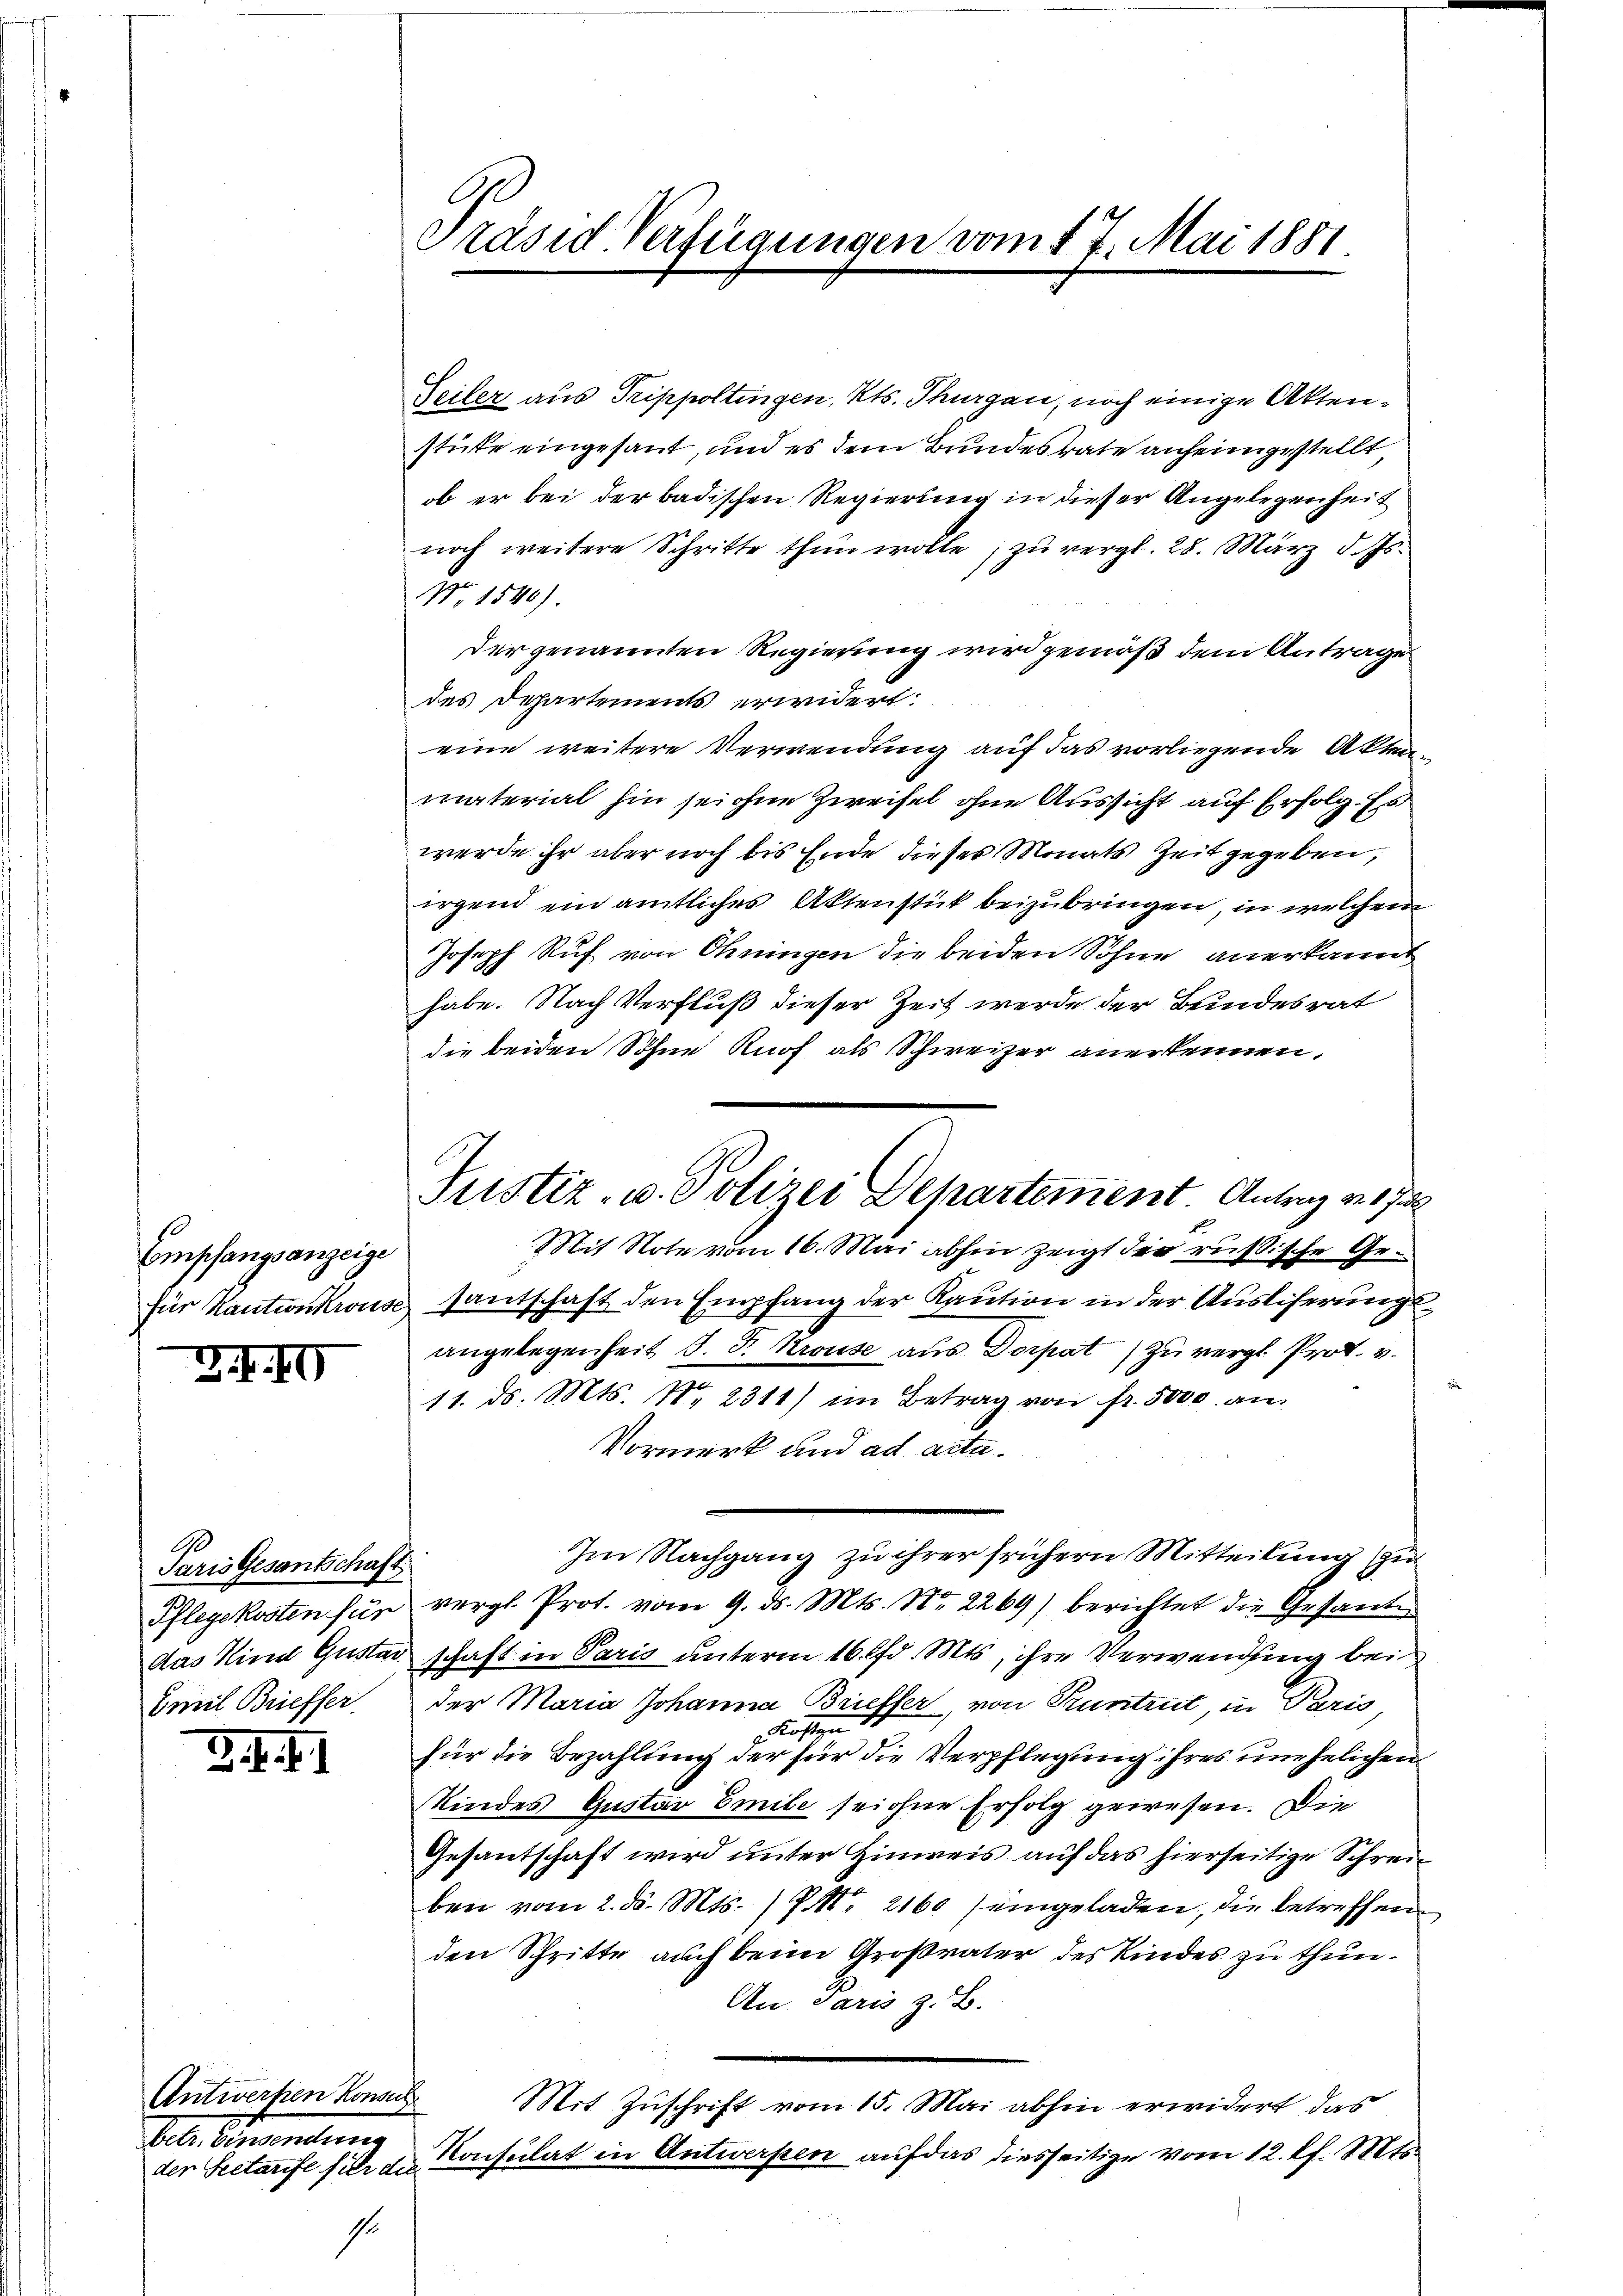
Empfangsanzeige

G. 10

Paris Gesantschaft
Pflegekosten für

3. f. II

Antworten Konsul
Sele Bewendung
der Seetarife für die

Präsid. Verfügungen vom 17. Mai 1881.

Justiz- u. Polizei Departement Antrag des Ju

Seiler aus Trippoltingen, Kts. Thurgau, noch einige Aktenstüke eingesant, und es dem Bundesrate anheimgestellt,
ob er bei der badischen Regierung in dieser Angelegenheit
noch weitere Schritte thun wolle, zu vergl. 28. März d. Js.
No. 1540).
Der genannten Regierung wird gemäß dem Antrage
des Departements erwidert:
eine weitere Verwendung auf das vorliegende Aktenmaterial hin sei ohne Zweifel ohne Aussicht auf Erfolg. Es
werde ihr aber noch bis Ende dieses Monats Zeit gegeben,
irgend ein amtliches Aktenstück beizubringen, in welchem
Joseph Ruf von Ohningen die beiden Söhne anerkannt
habe. Nach Verfluß dieser Zeit werde der Bundesrat
die beiden Sohne Knof als Schweizer anerkennen.
Mit Note vom 16. Mai abhin zeigt der russische Gefür Kautionkrouse santschaft den Empfang der Kaution in der Ausliserungs
angelegenheit J. F. Kruse aus Dorpat) zu vergl. Prot. v.
11. ds. Mts. No 2311) im Betrag von fr. 5000. an
Vormerk und ad acta.
Im Nachgang zu ihrer frühern Mitteilung zu
vergl. Prot. vom 9. ds. Mts. Nr. 2269) berichtet die Gesante
das Kind Gustadschaft in Paris unterm 16. fr. Mts, ihre Verwendung bei
Emil Brieffer der Maria Johanna Brieffer, von Pruntrut, in Paris
Kiste
für die Bezahlung der für die Verpflegung ihres unehelichen
Kindes Gustav Emile sei ohne Erfolg gewesen. Die
Gesantschaft wird unter Hinweis auf das hierseitige Schreiben vom 2. d. Mts. 17. 2160 eingeladen, die betreffen
den Schritte auch beim Großvater des Kindes zu thun.
An Paris z. B.
Mit Zuschrift vom 15. Mai abhin erwidert das
Konsulat in Antwerpen auf das diesseitige vom 12. l. Mts.